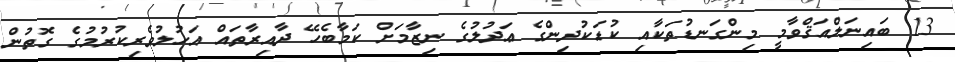
13. ބައިނަލްއަޤްވާމީ މިންގަނޑުތަކާއި ކުޑަކުދިންގެ ޢަދުލުގެ ނިޒާމަށް ކަމާބެހޭ ދާއިރާތައް އަހުލުވެރިކުރުމުގެ ގޮތުން